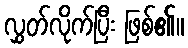
လွှတ်လိုက်ပြီး ဖြစ်၏။